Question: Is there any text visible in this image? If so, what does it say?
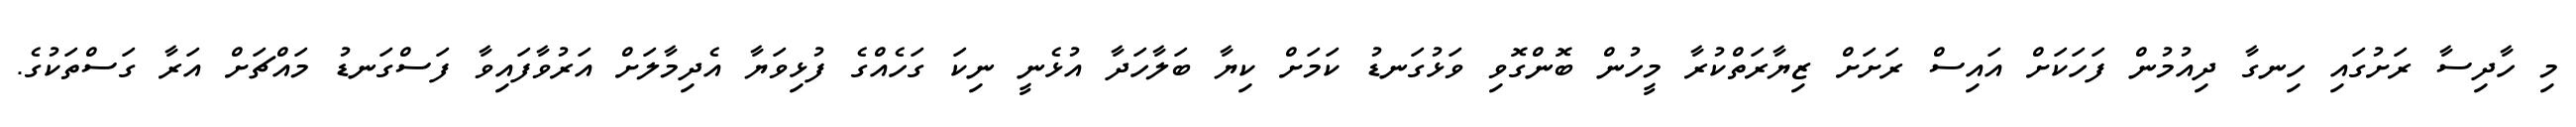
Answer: މި ހާދިސާ ރަށުގައި ހިނގާ ދިއުމުން ފަހަކަށް އައިސް ރަށަށް ޒިޔާރަތްކުރާ މީހުން ބޮންގޮވި ވަޅުގަނޑު ކަމަށް ކިޔާ ބަލާހަދާ އުޅެނީ ނިކަ ގަހެއްގެ ފުޅިވަޔާ އެދިމާލަށް އަރުވާފައިވާ ފަސްގަނޑު މައްޗަށް އަރާ ގަސްތަކުގެ.